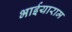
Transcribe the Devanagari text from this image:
भाईयाराम